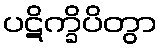
ပဋိက္ခိပိတွာ